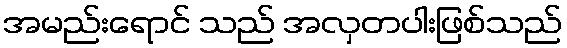
အမည်းရောင် သည် အလှတပါးဖြစ်သည်